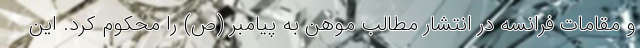
و مقامات فرانسه در انتشار مطالب موهن به پیامبر (ص) را محکوم کرد. این